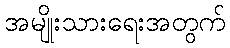
အမျိုးသားရေးအတွက်